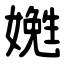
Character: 嬎